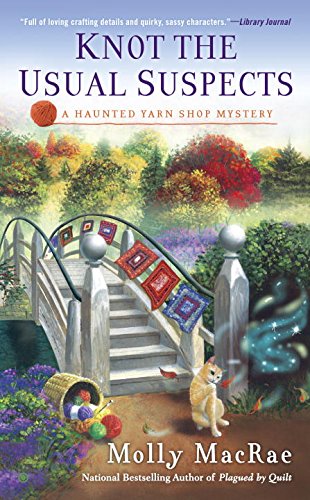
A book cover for Knot the Usual Suspects: A Haunted Yarn Shop Mystery; Molly MacRae; Mystery, Thriller & Suspense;